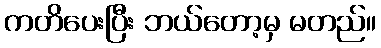
ကတိပေးပြီး ဘယ်တော့မှ မတည်။